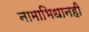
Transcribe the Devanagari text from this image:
नामाभिधानही